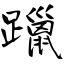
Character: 躐